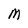
Character: M